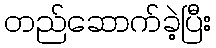
တည်ဆောက်ခဲ့ပြီး